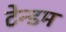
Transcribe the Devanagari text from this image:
टेन्डम